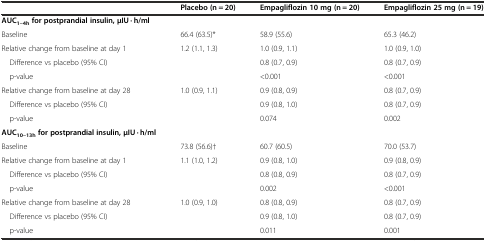
|  | Placebo (n = 20) | Empagliflozin 10 mg (n = 20) | Empagliflozin 25 mg (n = 19) |
 | --- | --- | --- | --- |
 | AUC1–4hfor postprandial insulin, μIU · h/ml |  |  |  |
 | Baseline | 66.4 (63.5)* | 58.9 (55.6) | 65.3 (46.2) |
 | Relative change from baseline at day 1 | 1.2 (1.1, 1.3) | 1.0 (0.9, 1.1) | 1.0 (0.9, 1.0) |
 | Difference vs placebo (95% CI) |  | 0.8 (0.7, 0.9) | 0.8 (0.7, 0.9) |
 | p-value |  | <0.001 | <0.001 |
 | Relative change from baseline at day 28 | 1.0 (0.9, 1.1) | 0.9 (0.8, 0.9) | 0.8 (0.7, 0.9) |
 | Difference vs placebo (95% CI) |  | 0.9 (0.8, 1.0) | 0.8 (0.7, 0.9) |
 | p-value |  | 0.074 | 0.002 |
 | AUC10–13hfor postprandial insulin, μIU · h/ml |  |  |  |
 | Baseline | 73.8 (56.6)† | 60.7 (60.5) | 70.0 (53.7) |
 | Relative change from baseline at day 1 | 1.1 (1.0, 1.2) | 0.9 (0.8, 1.0) | 0.9 (0.8, 0.9) |
 | Difference vs placebo (95% CI) |  | 0.8 (0.8, 0.9) | 0.8 (0.7, 0.9) |
 | p-value |  | 0.002 | <0.001 |
 | Relative change from baseline at day 28 | 1.0 (0.9, 1.0) | 0.8 (0.8, 0.9) | 0.8 (0.7, 0.9) |
 | Difference vs placebo (95% CI) |  | 0.9 (0.8, 1.0) | 0.8 (0.7, 0.9) |
 | p-value |  | 0.011 | 0.001 |